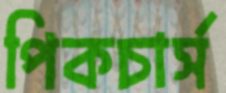
পিকচার্স